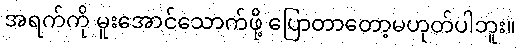
အရက်ကို မူးအောင်သောက်ဖို့ ပြောတာတော့မဟုတ်ပါဘူး။